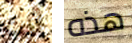
أنت هذه